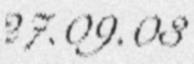
27.09.03